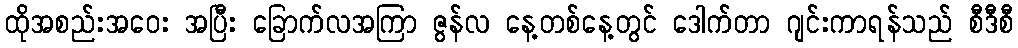
ထိုအစည်းအဝေး အပြီး ခြောက်လအကြာ ဇွန်လ နေ့တစ်နေ့တွင် ဒေါက်တာ ဂျင်းကာရန်သည် စီဒီစီ